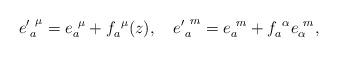
LaTeX: \begin{align*}{e'}^{~\mu}_a={e}^{~\mu}_a+f^{~\mu}_a(z), \quad{e'}^{~m}_a=e^{~m}_a+f^{~\alpha}_ae^{~m}_\alpha,\end{align*}